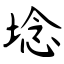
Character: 埝